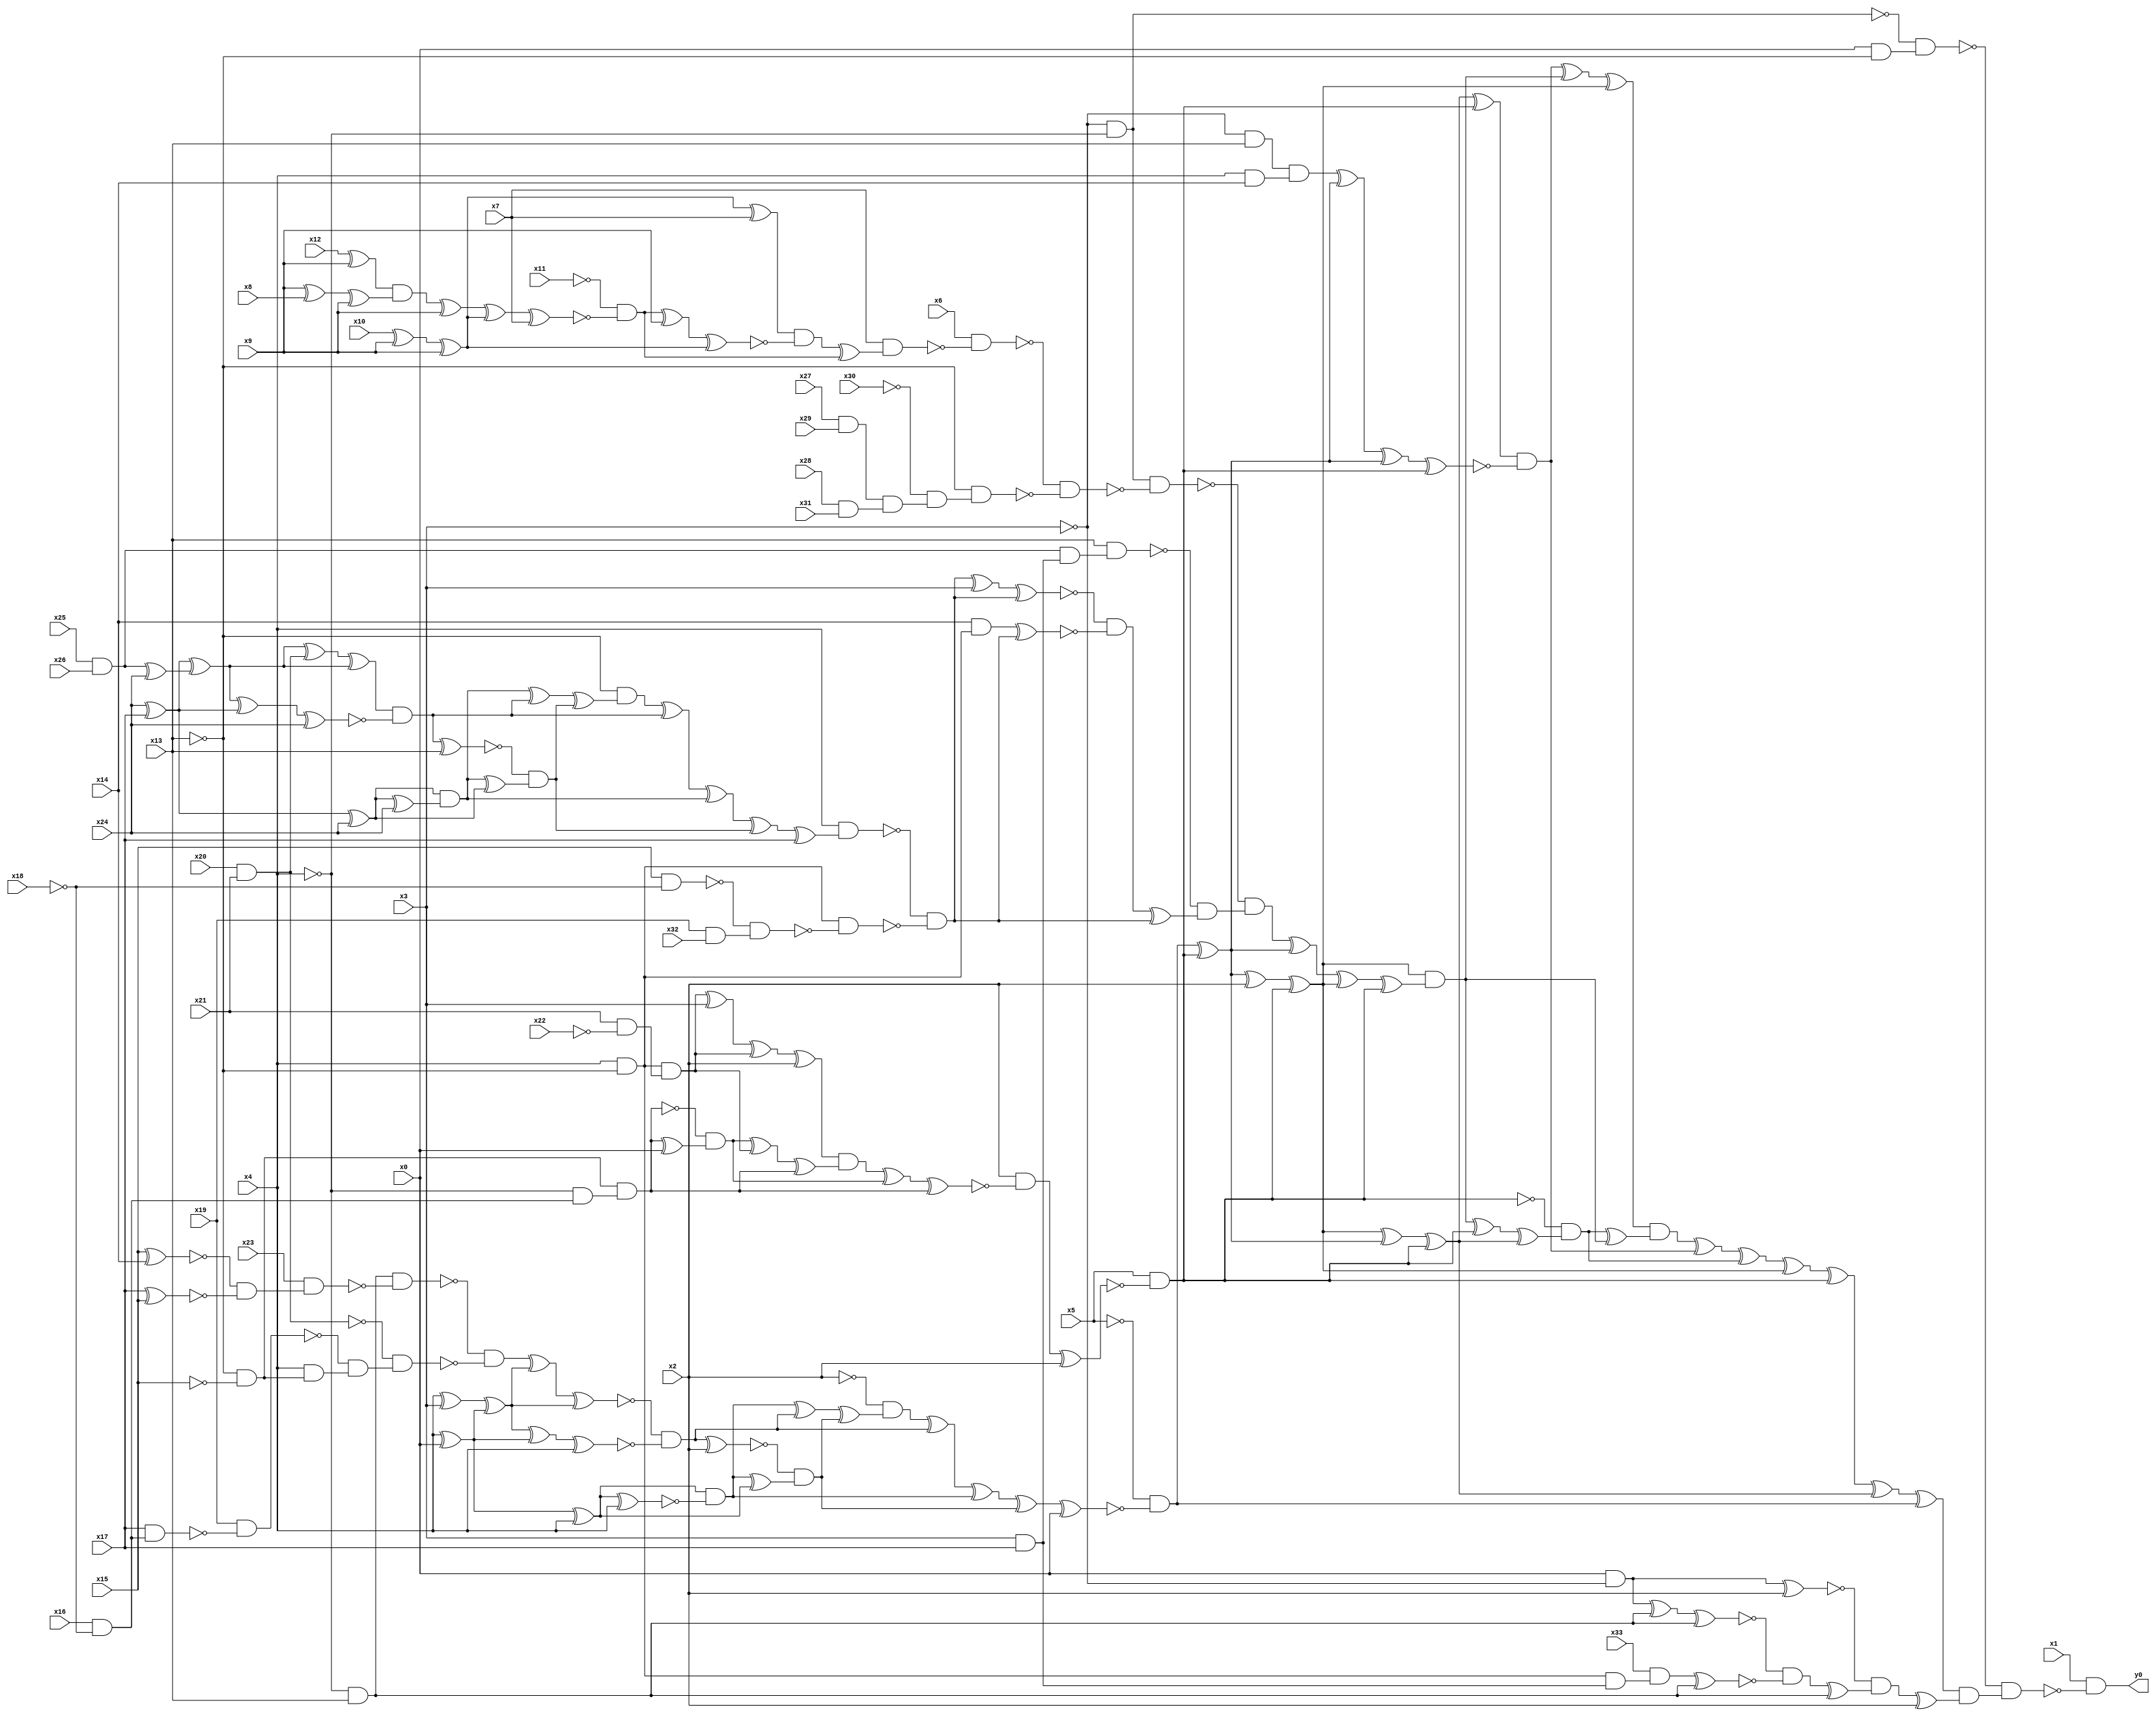
module top( x0 , x1 , x2 , x3 , x4 , x5 , x6 , x7 , x8 , x9 , x10 , x11 , x12 , x13 , x14 , x15 , x16 , x17 , x18 , x19 , x20 , x21 , x22 , x23 , x24 , x25 , x26 , x27 , x28 , x29 , x30 , x31 , x32 , x33 , y0 );
  input x0 , x1 , x2 , x3 , x4 , x5 , x6 , x7 , x8 , x9 , x10 , x11 , x12 , x13 , x14 , x15 , x16 , x17 , x18 , x19 , x20 , x21 , x22 , x23 , x24 , x25 , x26 , x27 , x28 , x29 , x30 , x31 , x32 , x33 ;
  output y0 ;
  wire n35 , n36 , n37 , n38 , n39 , n40 , n41 , n42 , n43 , n44 , n45 , n46 , n47 , n48 , n49 , n50 , n51 , n52 , n53 , n54 , n55 , n56 , n57 , n58 , n59 , n60 , n61 , n62 , n63 , n64 , n65 , n66 , n67 , n68 , n69 , n70 , n71 , n72 , n73 , n74 , n75 , n76 , n77 , n78 , n79 , n80 , n81 , n82 , n83 , n84 , n85 , n86 , n87 , n88 , n89 , n90 , n91 , n92 , n93 , n94 , n95 , n96 , n97 , n98 , n99 , n100 , n101 , n102 , n103 , n104 , n105 , n106 , n107 , n108 , n109 , n110 , n111 , n112 , n113 , n114 , n115 , n116 , n117 , n118 , n119 , n120 , n121 , n122 , n123 , n124 , n125 , n126 , n127 , n128 , n129 , n130 , n131 , n132 , n133 , n134 , n135 , n136 , n137 , n138 , n139 , n140 , n141 , n142 , n143 , n144 , n145 , n146 , n147 , n148 , n149 , n150 , n151 , n152 , n153 , n154 , n155 , n156 , n157 , n158 , n159 , n160 , n161 , n162 , n163 , n164 , n165 , n166 , n167 , n168 , n169 , n170 , n171 , n172 , n173 , n174 , n175 , n176 , n177 , n178 , n179 , n180 , n181 , n182 , n183 , n184 , n185 , n186 , n187 , n188 , n189 , n190 , n191 , n192 , n193 , n194 , n195 , n196 , n197 , n198 , n199 ;
  assign n35 = ~x3 & ~x4 ;
  assign n36 = x0 & ~x13 ;
  assign n37 = ~n35 & n36 ;
  assign n58 = x4 ^ x0 ;
  assign n80 = n58 ^ x4 ;
  assign n81 = n80 ^ x4 ;
  assign n82 = n80 & ~n81 ;
  assign n61 = ~x4 & x13 ;
  assign n62 = x15 ^ x14 ;
  assign n63 = x17 ^ x15 ;
  assign n64 = ~n62 & ~n63 ;
  assign n65 = x23 & n64 ;
  assign n66 = n61 & ~n65 ;
  assign n67 = x20 & x21 ;
  assign n45 = x16 & ~x18 ;
  assign n68 = x17 & n45 ;
  assign n69 = x19 & ~n68 ;
  assign n44 = ~x13 & ~x15 ;
  assign n70 = x4 & n44 ;
  assign n71 = ~n69 & n70 ;
  assign n72 = ~n67 & n71 ;
  assign n73 = ~n66 & ~n72 ;
  assign n59 = x4 ^ x3 ;
  assign n60 = n59 ^ n58 ;
  assign n74 = n73 ^ n60 ;
  assign n75 = n74 ^ n60 ;
  assign n76 = n60 ^ n58 ;
  assign n77 = n76 ^ x4 ;
  assign n78 = ~n75 & ~n77 ;
  assign n85 = n82 ^ n78 ;
  assign n79 = n78 ^ x2 ;
  assign n83 = n82 ^ n80 ;
  assign n84 = ~n79 & n83 ;
  assign n86 = n85 ^ n84 ;
  assign n87 = ~x2 & n86 ;
  assign n88 = n87 ^ n78 ;
  assign n89 = n88 ^ n82 ;
  assign n90 = n89 ^ n84 ;
  assign n91 = n90 ^ x0 ;
  assign n92 = ~x5 & ~n91 ;
  assign n38 = x4 & ~x13 ;
  assign n39 = x21 & ~x22 ;
  assign n40 = n38 & n39 ;
  assign n41 = n40 ^ x3 ;
  assign n42 = n41 ^ n40 ;
  assign n43 = n42 ^ x2 ;
  assign n46 = ~x4 & n45 ;
  assign n47 = n44 & n46 ;
  assign n48 = n47 ^ x0 ;
  assign n49 = ~n47 & n48 ;
  assign n50 = n49 ^ n40 ;
  assign n51 = n50 ^ n47 ;
  assign n52 = n43 & n51 ;
  assign n53 = n52 ^ n49 ;
  assign n54 = n53 ^ n47 ;
  assign n55 = x2 & ~n54 ;
  assign n56 = n55 ^ x2 ;
  assign n57 = x5 & ~n56 ;
  assign n93 = n92 ^ n57 ;
  assign n94 = n93 ^ x2 ;
  assign n95 = n94 ^ n57 ;
  assign n163 = n95 ^ n93 ;
  assign n164 = n163 ^ n57 ;
  assign n165 = n164 ^ n57 ;
  assign n166 = ~x3 & x13 ;
  assign n167 = x4 & x14 ;
  assign n168 = n166 & n167 ;
  assign n169 = n168 ^ n93 ;
  assign n170 = n169 ^ n93 ;
  assign n171 = n170 ^ n57 ;
  assign n172 = n165 & ~n171 ;
  assign n96 = x10 ^ x9 ;
  assign n97 = n96 ^ x9 ;
  assign n98 = n97 ^ x7 ;
  assign n99 = x12 ^ x9 ;
  assign n100 = x9 ^ x8 ;
  assign n101 = n100 ^ x9 ;
  assign n102 = n99 & n101 ;
  assign n103 = n102 ^ x9 ;
  assign n104 = n103 ^ n97 ;
  assign n105 = n104 ^ x7 ;
  assign n106 = ~x11 & ~n105 ;
  assign n107 = n106 ^ x9 ;
  assign n108 = n107 ^ n97 ;
  assign n109 = n98 & ~n108 ;
  assign n110 = n109 ^ n106 ;
  assign n111 = x7 & n110 ;
  assign n112 = x6 & ~n111 ;
  assign n113 = x27 & x29 ;
  assign n114 = x28 & x31 ;
  assign n115 = n113 & n114 ;
  assign n116 = ~x30 & n115 ;
  assign n117 = ~x13 & n116 ;
  assign n118 = ~n112 & ~n117 ;
  assign n119 = n35 & ~n118 ;
  assign n120 = x25 & x26 ;
  assign n121 = x3 & x17 ;
  assign n122 = n120 & n121 ;
  assign n123 = x13 & n122 ;
  assign n125 = x24 ^ x17 ;
  assign n133 = n125 ^ x24 ;
  assign n134 = n133 ^ x24 ;
  assign n135 = n133 & n134 ;
  assign n124 = n120 ^ x24 ;
  assign n126 = n125 ^ n124 ;
  assign n127 = n126 ^ n67 ;
  assign n128 = n127 ^ n126 ;
  assign n129 = n126 ^ n125 ;
  assign n130 = n129 ^ x24 ;
  assign n131 = n128 & ~n130 ;
  assign n138 = n135 ^ n131 ;
  assign n132 = n131 ^ x13 ;
  assign n136 = n135 ^ n133 ;
  assign n137 = ~n132 & n136 ;
  assign n139 = n138 ^ n137 ;
  assign n140 = ~x13 & n139 ;
  assign n141 = n140 ^ n131 ;
  assign n142 = n141 ^ n135 ;
  assign n143 = n142 ^ n137 ;
  assign n144 = n143 ^ x17 ;
  assign n145 = x4 & n144 ;
  assign n146 = x15 & ~x18 ;
  assign n147 = x19 & x32 ;
  assign n148 = ~n146 & n147 ;
  assign n149 = n38 & ~n148 ;
  assign n150 = ~n145 & ~n149 ;
  assign n151 = n150 ^ x3 ;
  assign n152 = n151 ^ n150 ;
  assign n153 = x14 & n38 ;
  assign n154 = n153 ^ n150 ;
  assign n155 = ~n152 & ~n154 ;
  assign n156 = n155 ^ n150 ;
  assign n157 = ~n123 & n156 ;
  assign n158 = ~n119 & n157 ;
  assign n159 = n158 ^ n93 ;
  assign n160 = n159 ^ n95 ;
  assign n161 = n160 ^ n57 ;
  assign n162 = n95 & n161 ;
  assign n173 = n172 ^ n162 ;
  assign n174 = n173 ^ n95 ;
  assign n175 = n162 ^ n57 ;
  assign n176 = n175 ^ n164 ;
  assign n177 = ~n57 & n176 ;
  assign n178 = n177 ^ n162 ;
  assign n179 = n174 & n178 ;
  assign n180 = n179 ^ n172 ;
  assign n181 = n180 ^ n177 ;
  assign n182 = n181 ^ n95 ;
  assign n183 = n182 ^ n57 ;
  assign n184 = n183 ^ n164 ;
  assign n185 = n184 ^ n92 ;
  assign n186 = x0 & ~x3 ;
  assign n187 = n186 ^ x2 ;
  assign n188 = n186 ^ n61 ;
  assign n189 = n188 ^ n61 ;
  assign n190 = n38 & n121 ;
  assign n191 = x33 & n190 ;
  assign n192 = n191 ^ n61 ;
  assign n193 = ~n189 & ~n192 ;
  assign n194 = n193 ^ n61 ;
  assign n195 = ~n187 & n194 ;
  assign n196 = n195 ^ x2 ;
  assign n197 = n185 & n196 ;
  assign n198 = ~n37 & n197 ;
  assign n199 = x1 & ~n198 ;
  assign y0 = n199 ;
endmodule